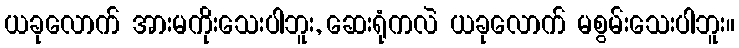
ယခုလောက် အားမကိုးသေးပါဘူး, ဆေးရုံကလဲ ယခုလောက် မစွမ်းသေးပါဘူး။